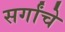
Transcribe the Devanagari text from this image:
सर्गांचे